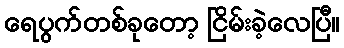
ရေပွက်တစ်ခုတော့ ငြိမ်းခဲ့လေပြီ။